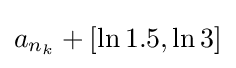
a_{n_{k}}+[\ln 1.5,\ln 3]